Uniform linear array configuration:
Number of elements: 64
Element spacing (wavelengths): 0.75
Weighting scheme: kaiser
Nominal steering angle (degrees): -45
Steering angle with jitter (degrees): -44.658
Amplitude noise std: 0.05
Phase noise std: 0.05

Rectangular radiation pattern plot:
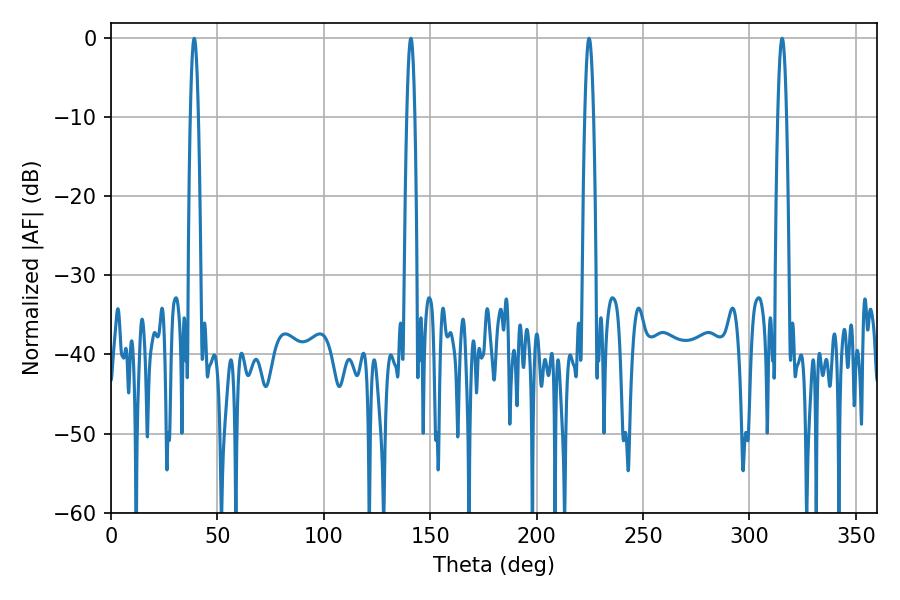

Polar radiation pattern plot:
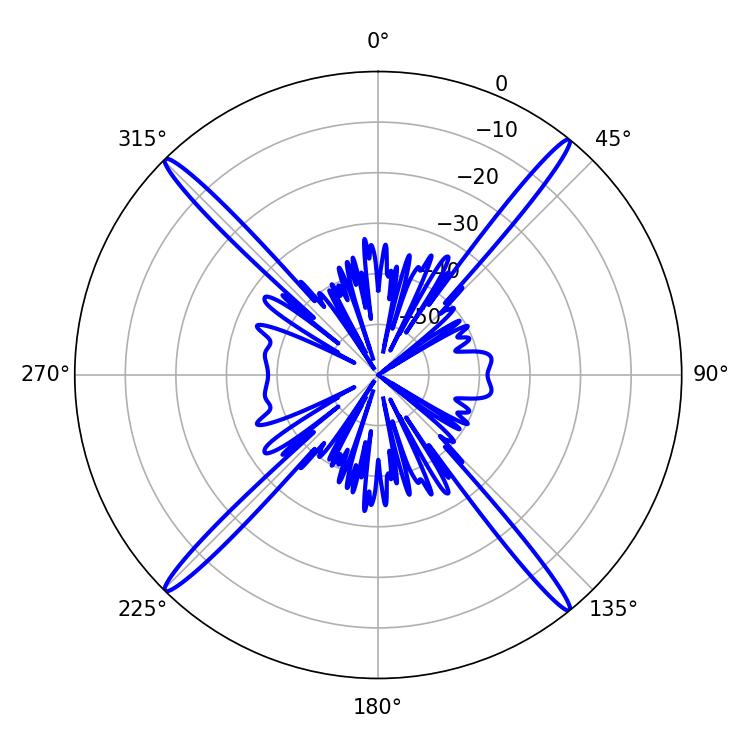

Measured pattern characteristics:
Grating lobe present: TRUE
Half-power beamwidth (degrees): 2.16
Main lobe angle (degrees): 224.64